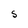
Character: S